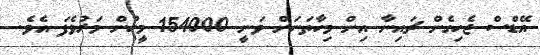
އޭޑްސް ޖެހިގެން ޗައިނާ އިން މިހާތަނަށް ވަނީ 154000 މީހުން މަރުވެފަ އެވެ.